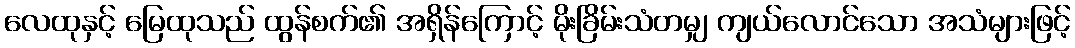
လေထုနှင့် မြေထုသည် ထွန်စက်၏ အရှိန်ကြောင့် မိုးခြိမ်းသံတမျှ ကျယ်လောင်သော အသံများဖြင့်